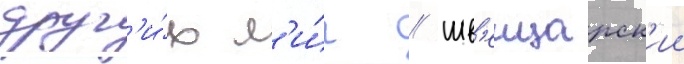
друг'и́х л'и́г // Шв'еицарск'ии